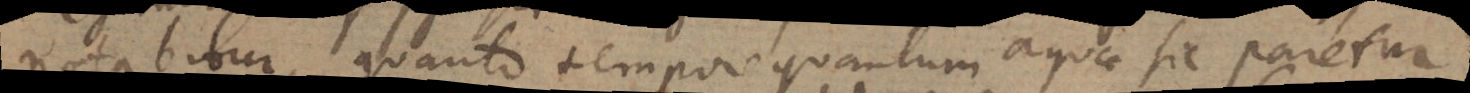
notabitur, quanto tempore quantum aquae sic paretur